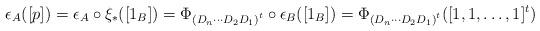
LaTeX: \begin{align*}\epsilon_A([p]) = \epsilon_A\circ \xi_*([1_B]) =\Phi_{{(D_n \cdots D_2 D_1)}^t}\circ\epsilon_B([1_B])=\Phi_{{(D_n \cdots D_2 D_1)}^t}([1,1,\dots,1]^t) \end{align*}